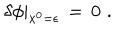
LaTeX: \left. \delta \phi \right| _ { x ^ { 0 } = \epsilon } \, = \, 0 \, \, .